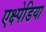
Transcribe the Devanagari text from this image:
एक्ष्पेडिया